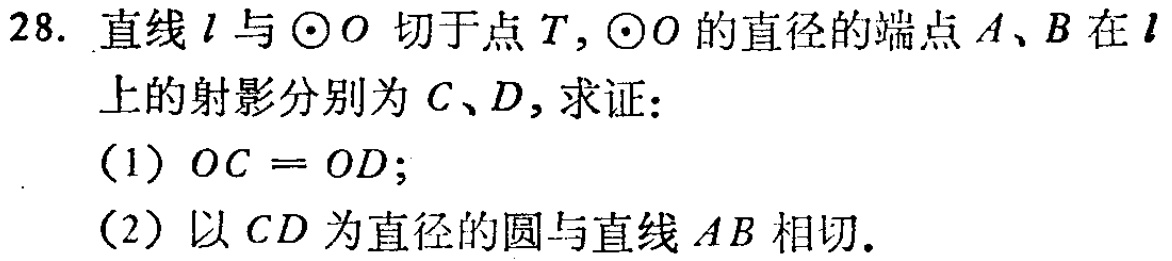
28. 直线\(l\)与\(\odot O\)切于点\(T\)，\(\odot O\)的直径的端点\(A\)、\(B\)在\(l\)上的射影分别为\(C\)、\(D\)，求证：
（1）\(OC = OD\)；
（2）以\(CD\)为直径的圆与直线\(AB\)相切.